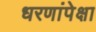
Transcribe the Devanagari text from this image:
धरणांपेक्षा